Lunatic asylums in Bengal annual reports 1888-1898 - 1888-1898
Year: 1888
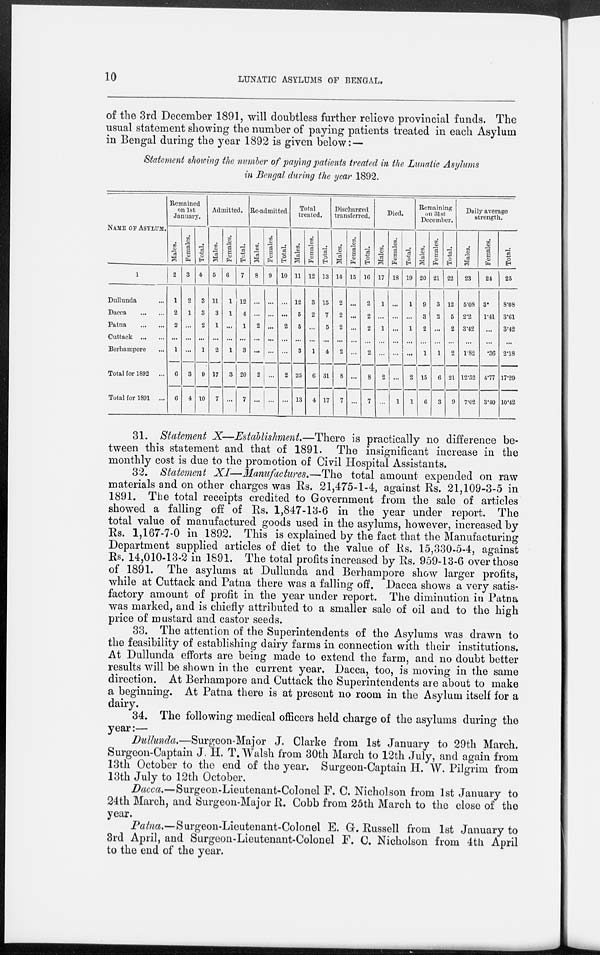
10
LUNATIC ASYLUMS OF BENGAL.
of the 3rd December 1891, will doubtless further relieve provincial funds. The
usual statement showing the number of paying patients treated in each Asylum
in Bengal during the year 1892 is given below:—
Statement showing the number of paying patients treated in the Lunatic Asylums
in Bengal during the year 1892.
NAME OF ASYLUM.
1
Dullunda ...
Dacca
...
...
Patna
...
...
Cuttack
...
...
Berhampore ...
Total for 1892 ...
Total for 1891 ...
Remained
on 1st
January.
Males.
2
1
2
2
...
1
6
6
Females.
3
2
1
...
...
...
3
4
Total.
4
3
3
2
...
1
9
10
Admitted.
Males.
5
11
3
1
...
2
17
7
Females.
6
1
1
...
...
1
3
...
Total.
7
12
4
1
...
3
20
7
Re-admitted.
Males.
8
...
...
2
...
...
2
...
Females.
9
...
...
...
...
...
...
...
Total.
10
...
...
2
...
...
2
...
Total
treated.
Males.
11
12
5
5
...
3
25
13
Females.
12
3
2
...
...
1
6
4
Total.
13
15
7
5
...
4
31
17
Discharged
transferred.
Males.
14
2
2
2
...
2
8
7
Females.
15
...
...
...
...
...
...
...
Total.
16
2
2
2
...
2
8
7
Died.
Males.
17
1
...
1
...
...
2
...
Females.
18
...
...
...
...
...
...
1
Total.
19
1
...
1
...
...
2
1
Remaining
on 31st
December.
Males.
20
9
3
2
...
1
15
6
Females.
21
3
2
...
...
1
6
3
Total.
22
12
5
2
...
2
21
9
Daily average
strength.
Males.
23
5.08
2.2
3.42
...
1.82
12.52
7.02
Females.
24
3.
1.41
...
...
.36
4.77
3.40
Total.
25
8.08
3.61
3.42
...
2.18
17.29
10.42
31. Statement X—Establishment.—There is practically no difference be-
tween this statement and that of 1891. The insignificant increase in the
monthly cost is due to the promotion of Civil Hospital Assistants.
32. Statement XI—Manufactures.—The total amount expended on raw
materials and on other charges was Rs. 21,475-1-4, against Rs. 21,109-3-5 in
1891. The total receipts credited to Government from the sale of articles
showed a falling off of Rs. 1,847-13-6 in the year under report. The
total value of manufactured goods used in the asylums, however, increased by
Rs. 1,167-7-0 in 1892. This is explained by the fact that the Manufacturing
Department supplied articles of diet to the value of Rs. 15,330-5-4, against
Rs. 14,010-13-2 in 1891. The total profits increased by Rs. 959-13-6 over those
of 1891. The asylums at Dullunda and Berhampore show larger profits,
while at Cuttack and Patna there was a falling off. Dacca shows a very satis-
factory amount of profit in the year under report. The diminution in Patna
was marked, and is chiefly attributed to a smaller sale of oil and to the high
price of mustard and castor seeds.
33. The attention of the Superintendents of the Asylums was drawn to
the feasibility of establishing dairy farms in connection with their institutions.
At Dullunda efforts are being made to extend the farm, and no doubt better
results will be shown in the current year. Dacca, too, is moving in the same
direction. At Berhampore and Cuttack the Superintendents are about to make
a beginning. At Patna there is at present no room in the Asylum itself for a
dairy.
34. The following medical officers held charge of the asylums during the
year:—
Dullunda.—Surgeon-Major J. Clarke from 1st January to 29th March.
Surgeon-Captain J. H. T. Walsh from 30th March to 12th July, and again from
13th October to the end of the year. Surgeon-Captain H. W. Pilgrim from
13th July to 12th October.
Dacca.—Surgeon-Lieutenant-Colonel F. C. Nicholson from 1st January to
24th March, and Surgeon-Major R. Cobb from 25th March to the close of the
year.
Patna.—Surgeon-Lieutenant-Colonel E. G. Russell from 1st January to
3rd April, and Surgeon-Lieutenant-Colonel F. C. Nicholson from 4th April
to the end of the year.